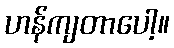
ဟန်ကျတာပေါ့။